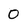
Character: O